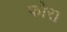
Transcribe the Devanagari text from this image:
फोरा